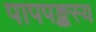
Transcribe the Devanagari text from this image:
पापपङ्कस्य